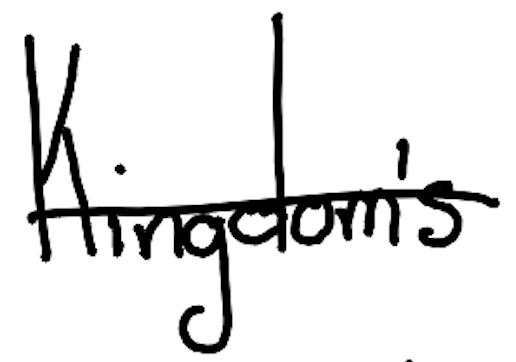
Text: Kingdom's
Cross-out: single-line
Writing tool: digital_black